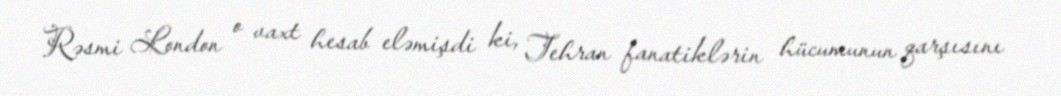
Rəsmi London o vaxt hesab eləmişdi ki, Tehran fanatiklərin hücumunun qarşısını